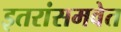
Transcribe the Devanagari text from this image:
इतरांसमवेत